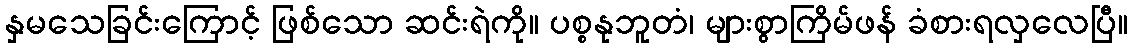
နှမသေခြင်းကြောင့် ဖြစ်သော ဆင်းရဲကို။ ပစ္စနုဘူတံ၊ များစွာကြိမ်ဖန် ခံစားရလှလေပြီ။